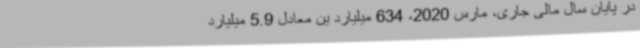
در پایان سال مالی جاری، مارس 2020، 634 میلیارد ین معادل 5.9 میلیارد